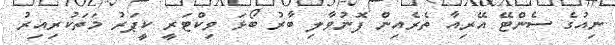
ނިއުގެ ސެންޓޭ އޭރިއާ ތެރެއިން ފޮނުވާލި ބާރު ބޯޅަ ވިކްޓަރީ ކީޕަރު މަތަކުރިއިރު